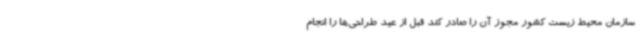
سازمان محیط زیست کشور مجوز آن را صادر کند قبل از عید طراحی‌ها را انجام